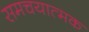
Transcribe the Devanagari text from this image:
समचयात्मक